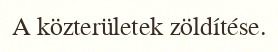
A közterületek zöldítése.